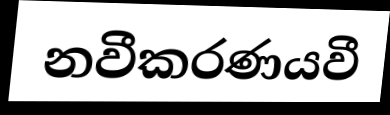
නවීකරණයවී